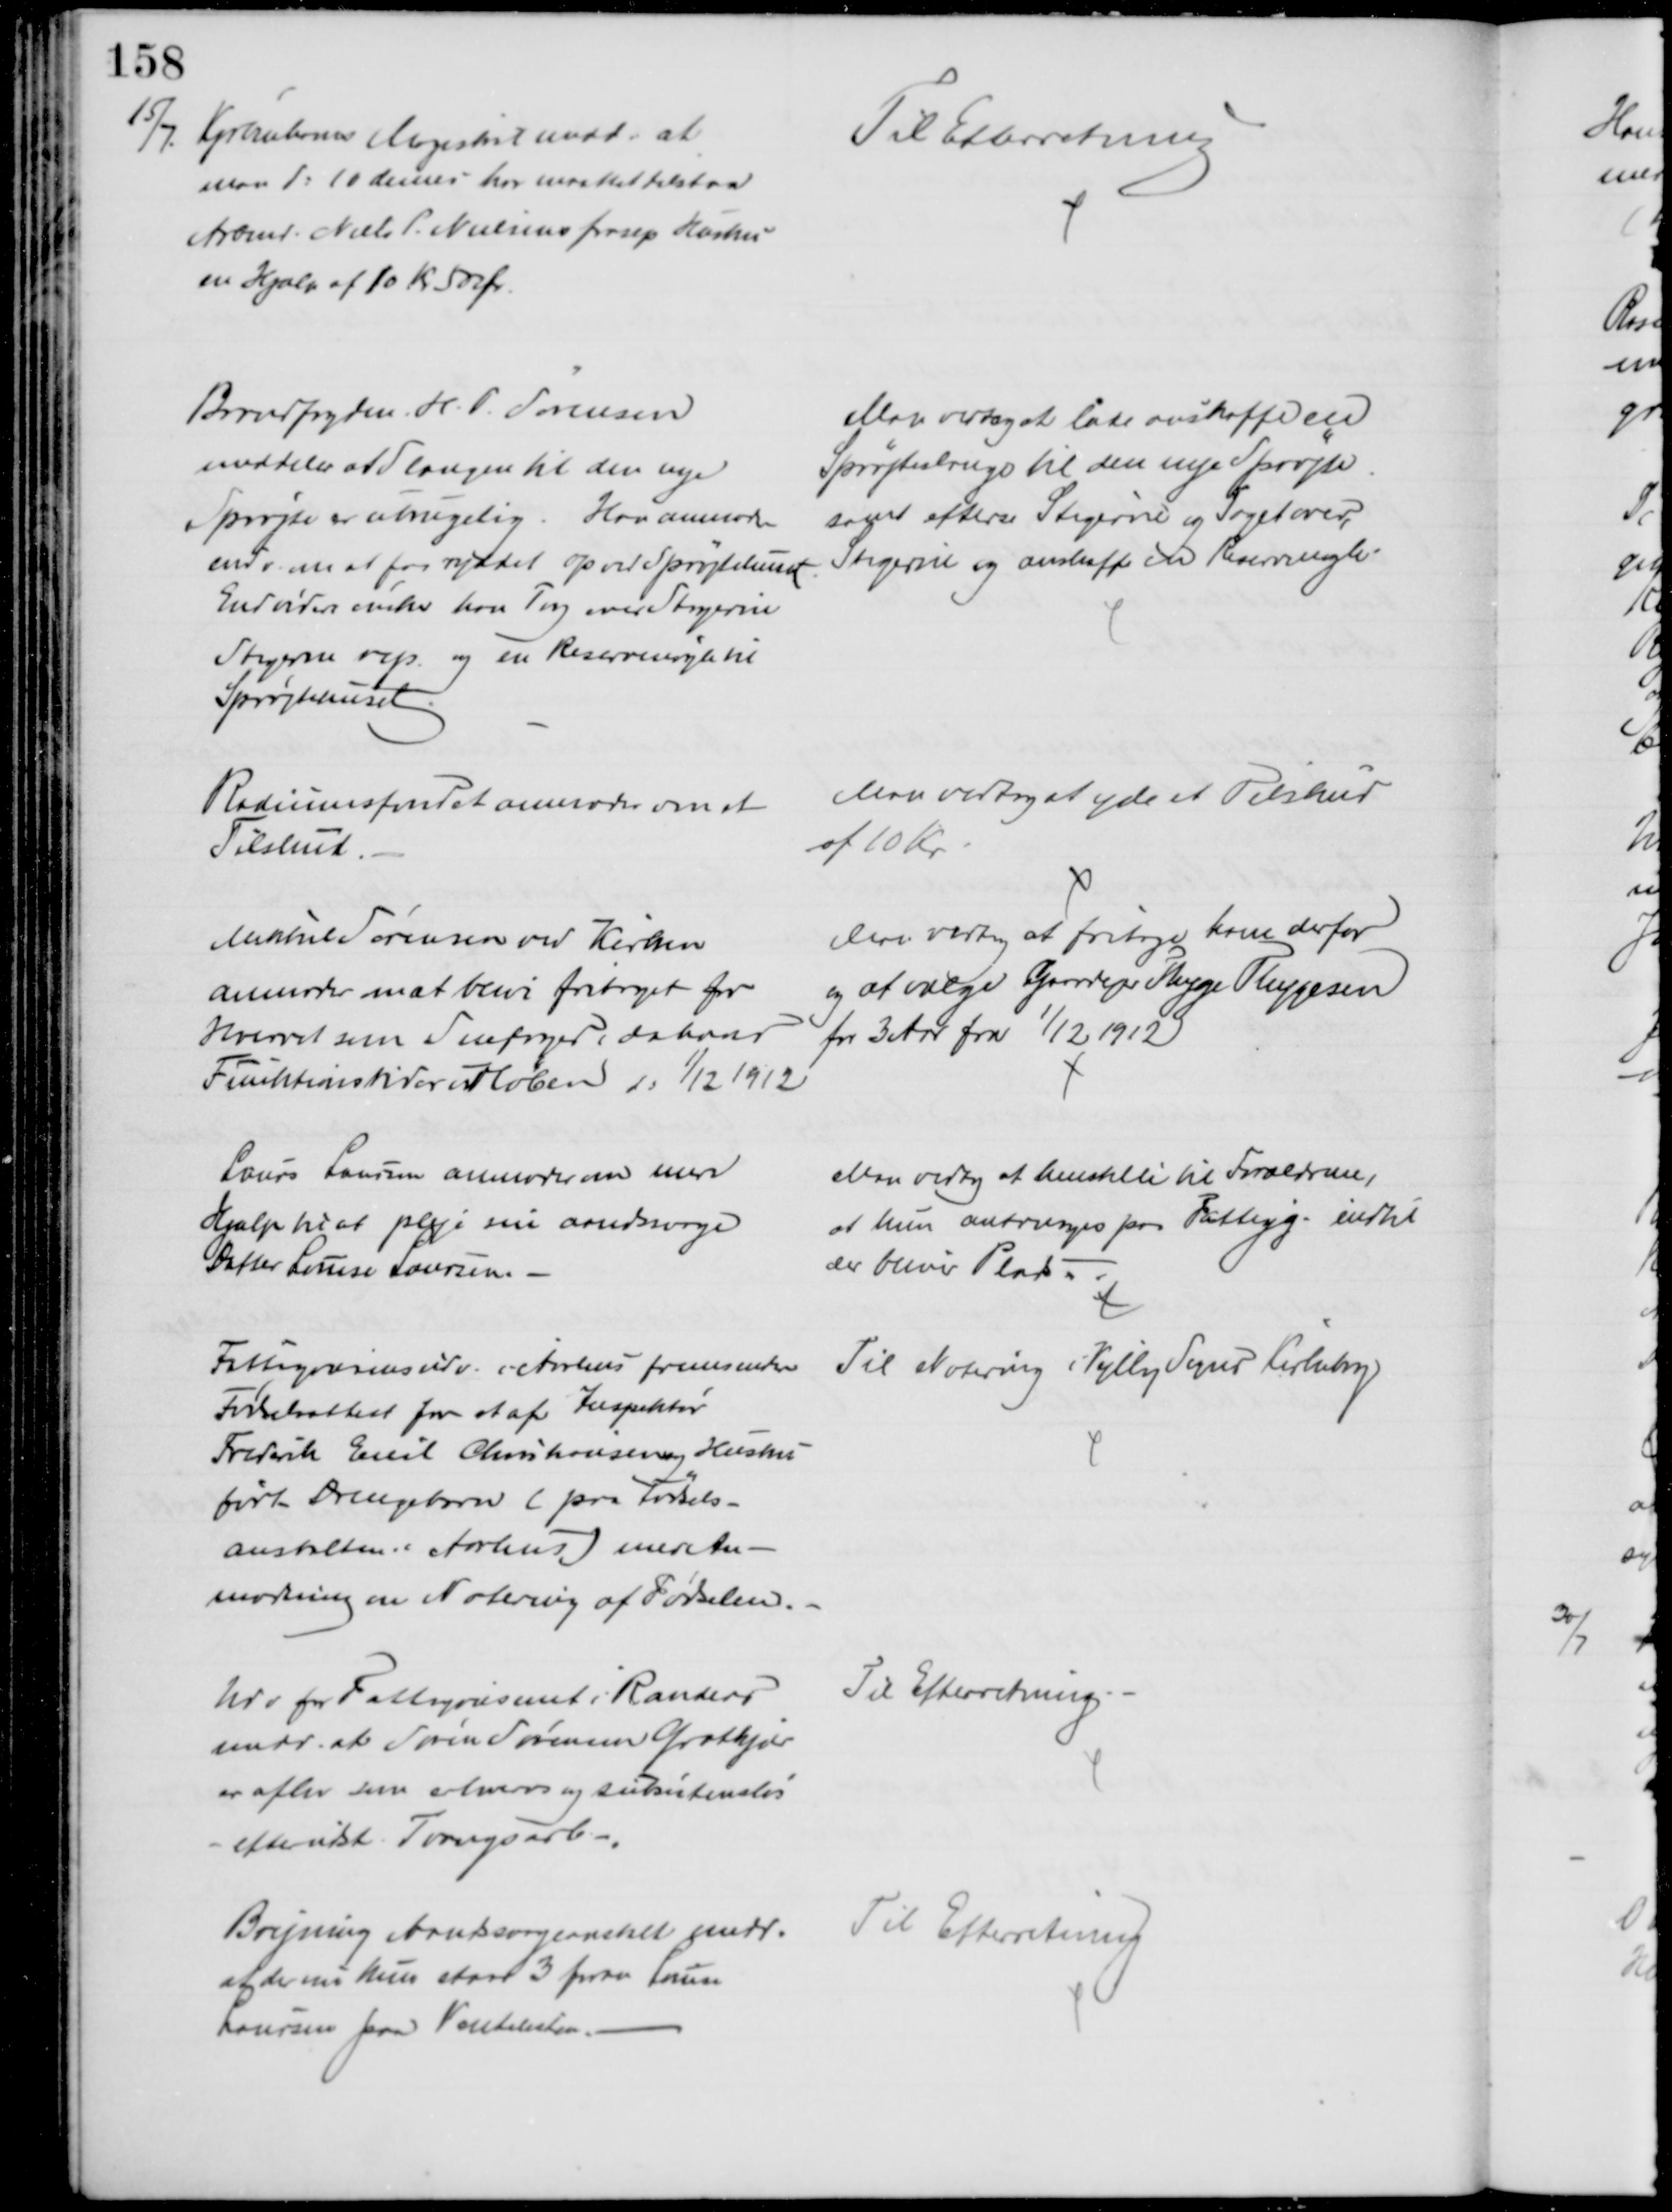
Transskription:
15/7.
Kjøbenhavns Magistrat medd: at
man d: 10 dennes har maattet tilstaa
Arbmd. Niels P. Nielsens frasep Hustru
en Hjælp af 10 Kr 50 Ør.
Til Efterretning
Brandfogden. H. P. Sørensen
meddeler at Slangen til den nye
Sprøjte er ubrugelig. Han anmoder
endv. om at faa ryddet op ved Sprøjtehuset.
Endvidere ønsker han Tag over Stigerne
Stiagerne rep. og en Reservenøgle til
Sprøjtehuset
Man vedtog at lade anskaffe en
Sprøjteslange til den nye Sprøjte
samt efterse Stigerne og Taget over,
Stigerne og anskaffe en Reservenøgle
Radiumsfondet anmoder om et
Tilskud.
Man vedtog at yde et Tilskud
af 10 Kr
Mikkel Sørensen ved Kirken
anmoder om at blive fritaget for
Hvervet som Snefoged, da hans
Funktionstid er udløben d: 1/12 1912
Man vedtog at fritage ham derfor 
og at vælge Gaardejer Thyge Thygesen
for 3 Aar fra 1/12 1912
Laurs Laursen anmoder om mere
Hjælp til at pleje sin aandsvage
Datter Louise Laursen.
Man vedtog at henstille til Forældrene,
at hun anbringes paa Fattigg. indtil 
der bliver Plads.
Fattigvæsensudv. i Aarhus fremsender
Fødselsattest for et af Inspektør
Frederik Emil Christiansen og Hustru
født Drengebarn ( paa Fødsels-
anstalten i Aarhus) med An-
modning om Notering af Fødselen.
Til Notering i Vejlby Sogns Kirkebog
Udv for Fattigvæsenet i Randers
medd. at Søren Sørensen Grotkjær
er aflev som erhvervs og subsistensløs
- efter udst. Tvangsarb.
Til Efterretning
Brejning Aandsvageanstalt medd.
og der nu kun staar 3 foran Louise
Laursen paa Ventelisten.
Til Efterretning